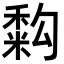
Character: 𥡚